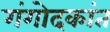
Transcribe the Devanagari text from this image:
गंगोदकांत